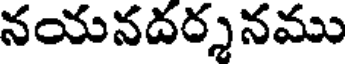
నయనదర్శనము